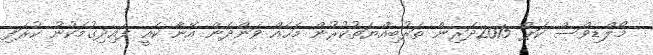
މޯލްޑިވްސް ކަޕް 2015ދަރިން ތަރުބިއްޔަތުކުރުން މަހެއް ވަންދެން އޭނާ ކެއީ ފައިދިގުމަކުނު ކުރަފި